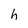
Character: h